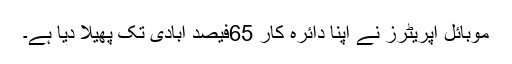
موبائل آپریٹرز نے اپنا دائرہ کار 65فیصد آبادی تک پھیلا دیا ہے۔